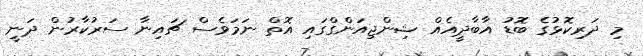
މި ދަރިކޮޅުގެ ބޮޑު އާބާދީއެއް ޝިންޖިއަންގްގައި އޮތް ނަމަވެސް ޗައިނާ ސަރުކާރުން ދަނީ